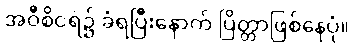
အဝီစိငရဲ၌ ခံရပြီးနောက် ပြိတ္တာဖြစ်နေပုံ။